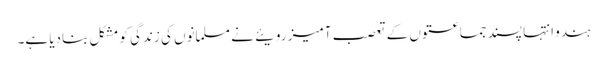
ہندو انتہا پسند جماعتوں کے تعصب آمیز رویئے نے مسلمانوں کی زندگی کو مشکل بنادیا ہے۔